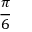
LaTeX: \frac { \pi } { 6 }